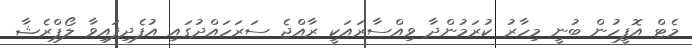
މެޓް އޮފީހުން ބުނީ މިހާރު ކުރަމުންދާ ވިއްސާރައަކީ ރާއްޖެ ސަރަހައްދުގައި އުފެދިފައިވާ ލޯޕްރެޝާ